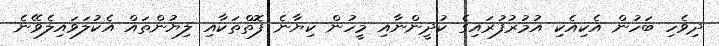
ދިވެހި ބަހުން އެކިއެކި އުމުރުފުރައިގެ ކުދީންނާއި މީހުން ކިޔާނެ ފޮތްތަކާއި ލިޔުންތައް އެކުލަވައިލެވޭނެ